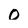
Character: O